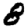
Digit: 8